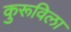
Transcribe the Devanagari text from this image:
कुरूविला